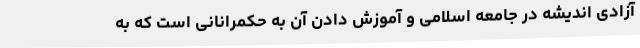
آزادی اندیشه در جامعه اسلامی و آموزش دادن آن به حکمرانانی است که به